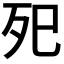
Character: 𭮁